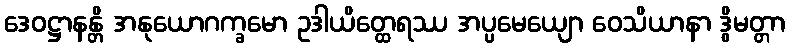
ဒေဝဋ္ဌာနန္တိ အနုယောဂက္ခမော ဥဒါယိတ္ထေရဿ အပ္ပမေယျော ဝေသိယာနာ ဒွိမတ္တာ